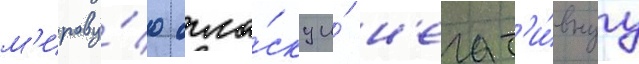
м'ирову́ю огла́ску и́ н'егат'и́внуу